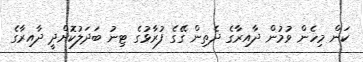
ކަން މިހެން ވުމުން ދާއިރާގެ ދެތިން ގޭގެ ފުރާޅުގެ ޓިނު ބަދަލުކޮށްދީ ދާއިރާގެ